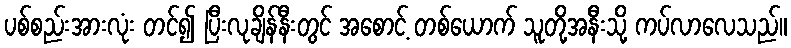
ပစ်စည်းအားလုံး တင်၍ ပြီးလုချိန်နီးတွင် အစောင့် တစ်ယောက် သူတို့အနီးသို့ ကပ်လာလေသည်။